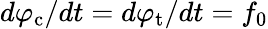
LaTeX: d\varphi_{\mathrm{c}}/dt=d\varphi_{\mathrm{t}}/dt=f_{0}